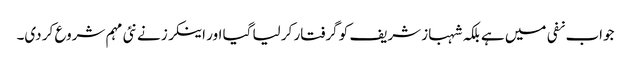
جواب نفی میں ہے بلکہ شہباز شریف کو گرفتار کر لیا گیا اور اینکرز نے نئی مہم شروع کر دی۔